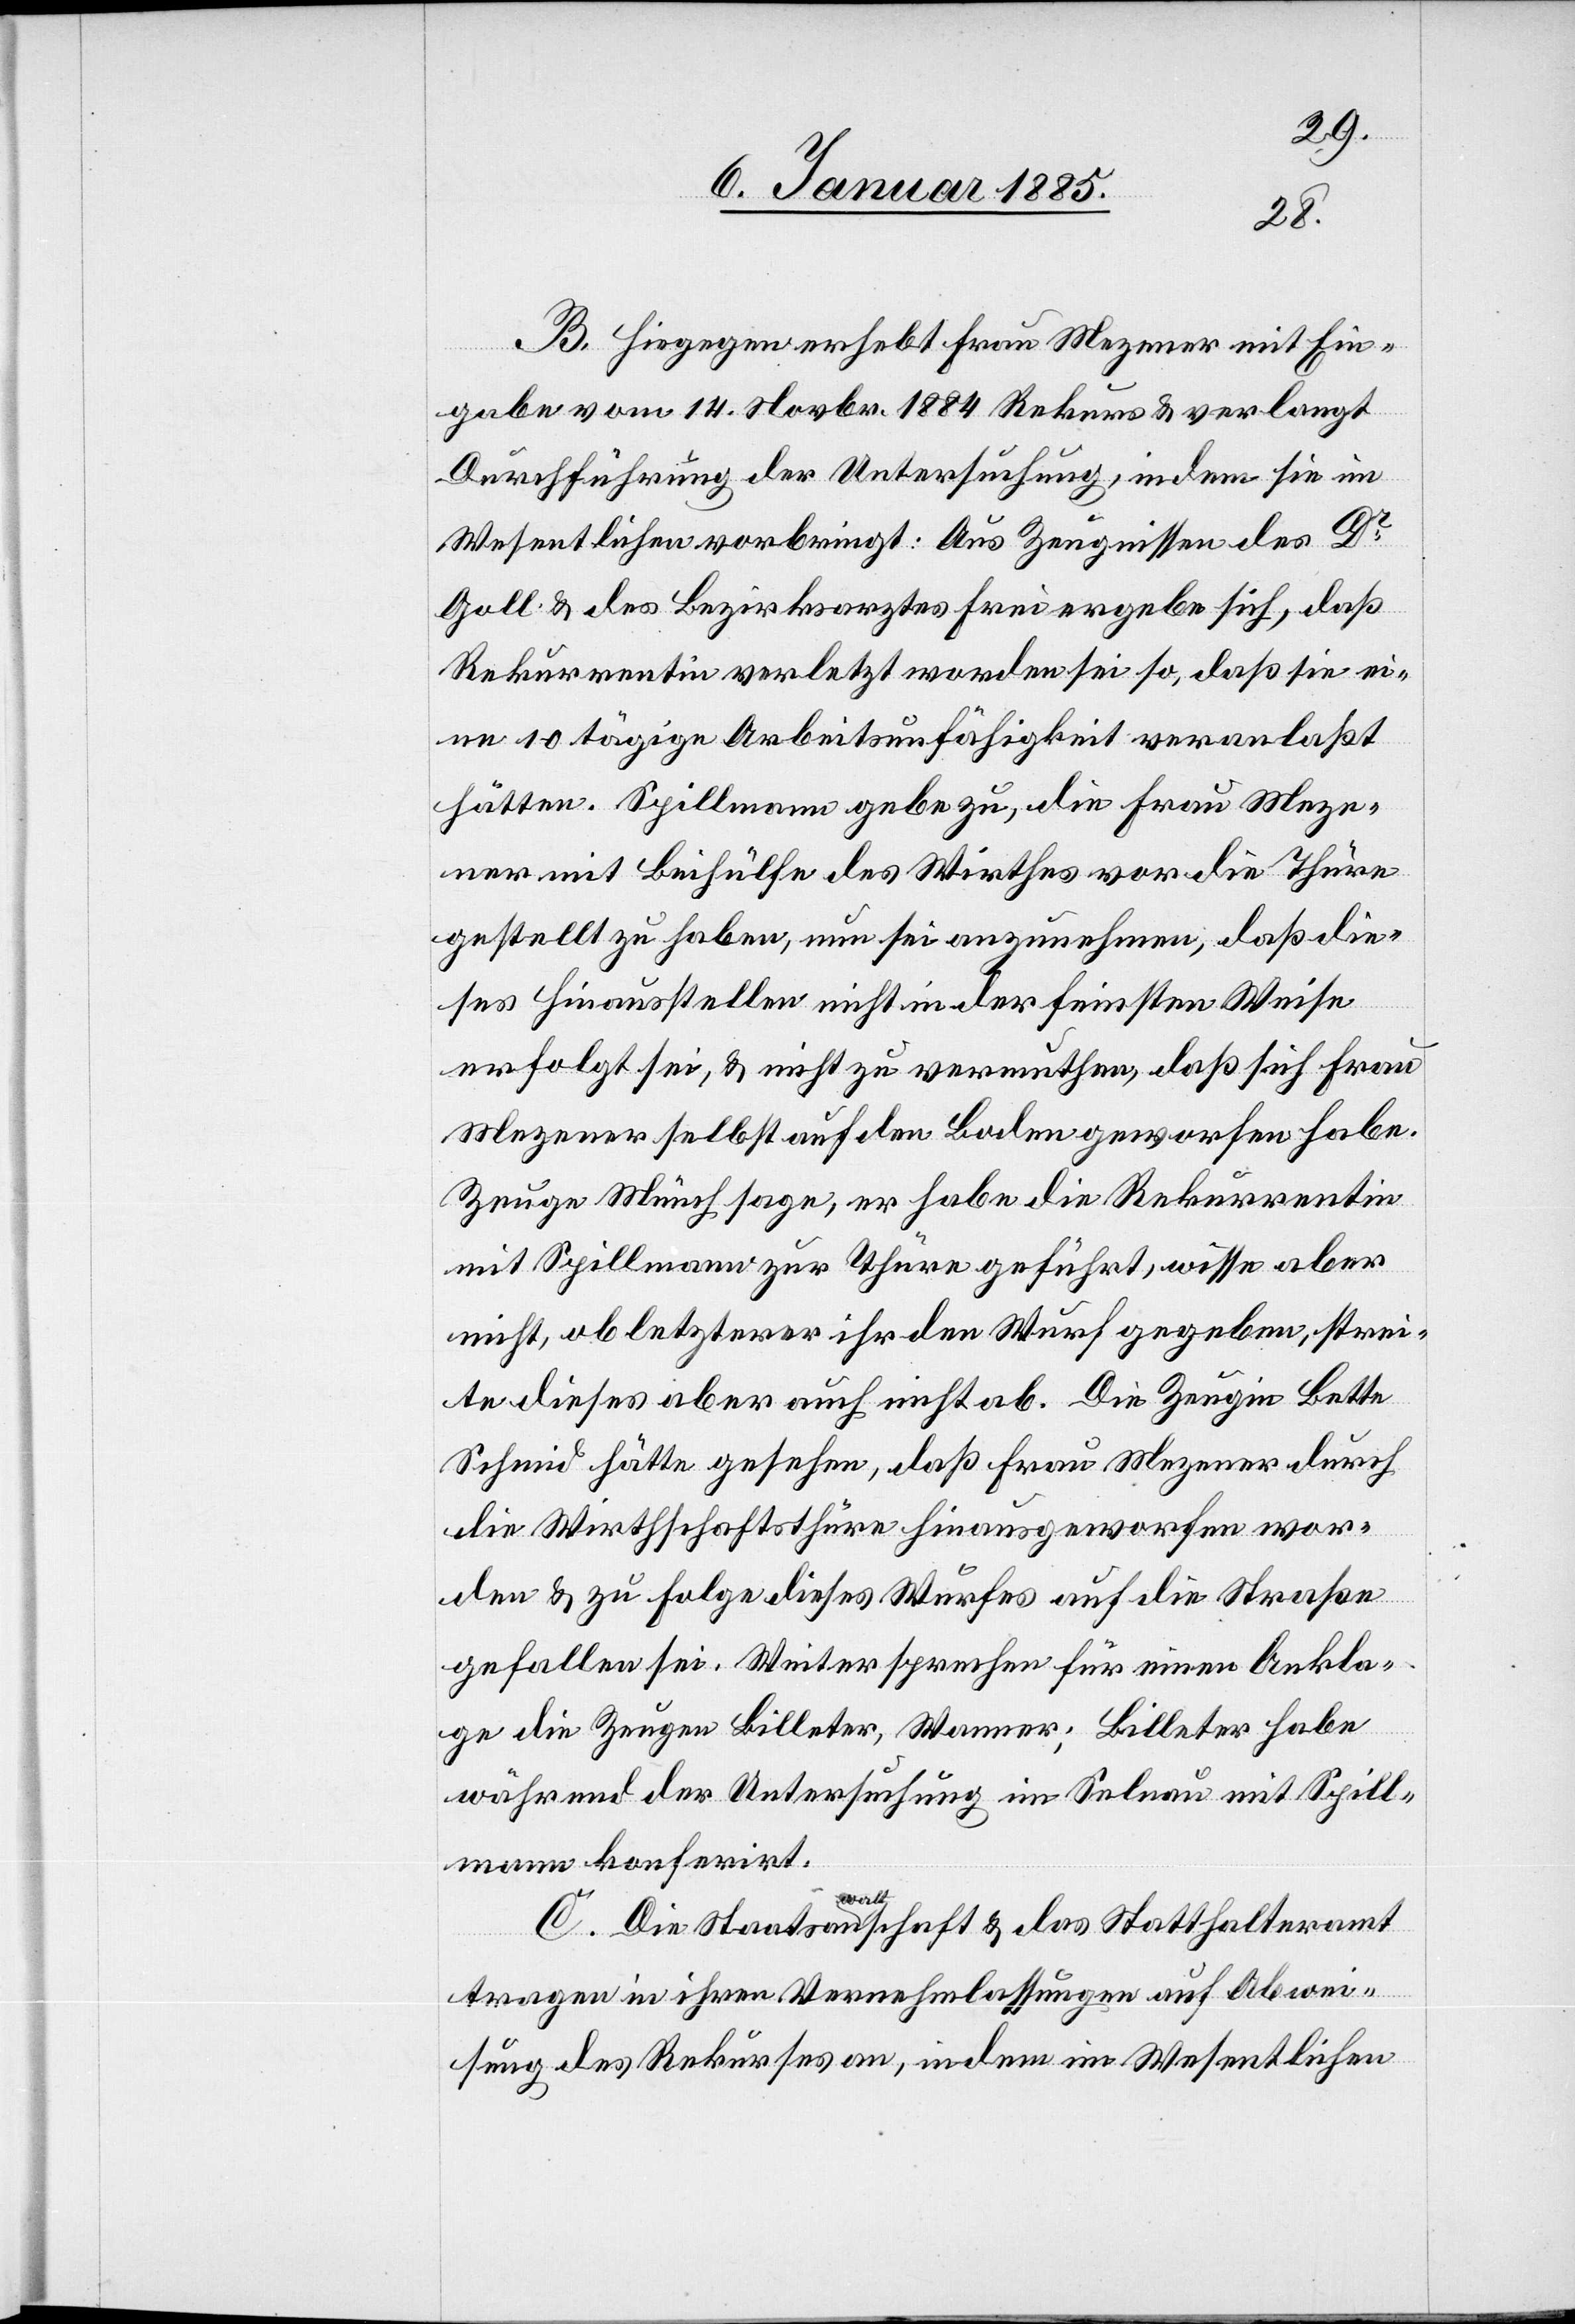
B. Hiegegen erhebt Frau Mezener mit Ein¬
gabe vom 14. Novbr. 1884 Rekurs & verlangt
Durchführung der Untersuchung, in dem sie im
Wesentlichen vorbringt: Aus Zeugnissen des Dr
Goll & des Bezirksarztes Frei ergebe sich, daß
Rekurrentin verletzt worden sei so, daß sie ei¬
ne 10 tägige Arbeitsunfähigkeit veranlaßt
hätten. Spillmann gebe zu, die Frau Meze¬
ner mit Beihülfe des Wirthes vor die Thüre
gestellt zu haben, nun sei anzunehmen, daß die¬
ses Hinausstellen nicht in der feinsten Weise
erfolgt sei, & nicht zu vermuthen, daß sich Frau
Mezener selbst auf den Boden geworfen habe.
Zeuge Münch sage, er habe die Rekurrentin
mit Spillmann zur Thüre geführt, wisse aber
nicht, ob letzterer ihr den Wurf gegeben, strei¬
te dieses aber auch nicht ab. Die Zeugin Bette
Schmid hätte gesehen, daß Frau Mezener durch
die Wirthschaftsthüre hinausgeworfen wor¬
den & zu Folge dieses Wurfes auf die Straße
gefallen sei. Weiter sprechen für eine Ankla¬
ge die Zeugen Billeter, Wanner; Billeter habe
während der Untersuchung im Selnau mit Spill¬
mann konferirt.
C. Die Staatsanwaltschaft & das Statthalteramt
tragen in ihren Vernehmlassungen auf Abwei¬
sung des Rekurses an, indem im Wesentlichen